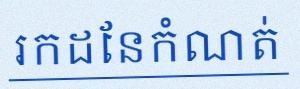
រកដែនកំណត់